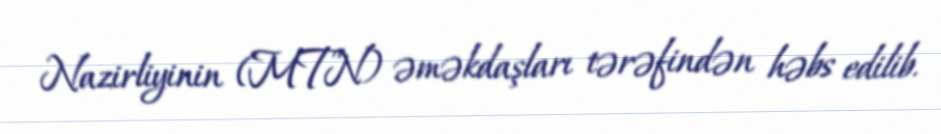
Nazirliyinin (MTN) əməkdaşları tərəfindən həbs edilib.